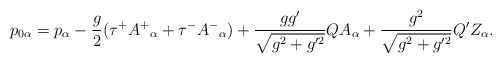
\begin{align*}p_{0\alpha} = p_{\alpha} - \frac{g}{2} (\tau^{+}A^{+}{}_{\alpha} + \tau^{-}A^{-}{ }_{\alpha}) + \frac{gg'}{\sqrt{g^2 +g'^2}} Q A_{\alpha} + \frac{g^2}{\sqrt{g^2 + g'^2}} Q' Z_{\alpha}. \end{align*}